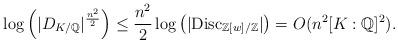
LaTeX: \begin{align*} \log \left( |D_{K/\mathbb{Q}}|^{\frac{n^2}{2}} \right) \leq \frac{n^2}{2} \log \left( |\mathrm{Disc}_{\mathbb{Z}[w]/\mathbb{Z}}| \right) = O(n^2 [K:\mathbb{Q}]^2).\end{align*}